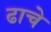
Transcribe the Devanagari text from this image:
ढाचे